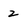
Character: 2